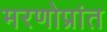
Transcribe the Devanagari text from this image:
मरणोप्रांत